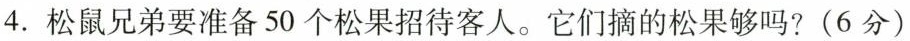
4.松鼠兄弟要准备50个松果招待客人。它们摘的松果够吗？(6分)